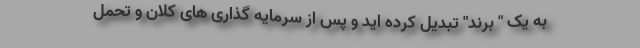
به یک " برند" تبدیل کرده اید و پس از سرمایه گذاری های کلان و تحمل